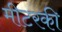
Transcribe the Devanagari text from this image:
मीटरकी